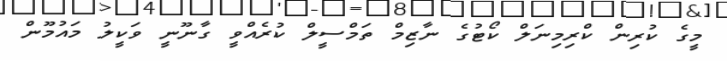
މީގެ ކުރިން ކްރިމިނަލް ކޯޓުގެ ނާޒިމް ތަމްސީލް ކުރެއްވީ ގާނޫނީ ވަކީލު މައުމޫން